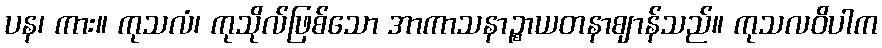
ပန၊ ကား။ ကုသလံ၊ ကုသိုလ်ဖြစ်သော အာကာသနာဉ္စာယတနာဈာန်သည်။ ကုသလဝိပါက